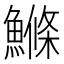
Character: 鰷